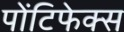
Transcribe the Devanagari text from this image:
पोंटिफेक्स